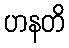
ဟနတိ